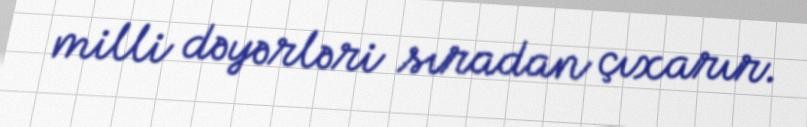
milli dəyərləri sıradan çıxarır.